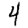
Digit: 4